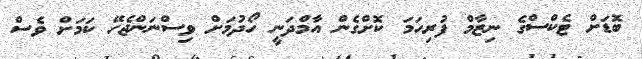
ބޮޑަށް ޓެކްސްގެ ނިޒާމް ފުރިހަމަ ކޮށްގެން އާމްދަނީ ހޯދުމަށް ވިސްނަންޖެހޭ ކަމަށް ވެސް